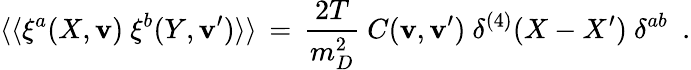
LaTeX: \langle\langle\xi^{a}(X,{\mathbf v})\ \xi^{b}(Y,{\mathbf v}^{\prime})\rangle\rangle\, =\, {\frac{2T}{m_{D}^{2}}}\ C({\mathbf v},{\mathbf v}^{\prime})\ \delta^{(4)}(X-X^{\prime})\ \delta^{ab}\ \ .